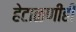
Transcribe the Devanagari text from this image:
हेटाळणीही